Report of the Municipal Commissioner on the plague in Bombay for the year ending 31st May... - Volume 2
Disease focus: Plague
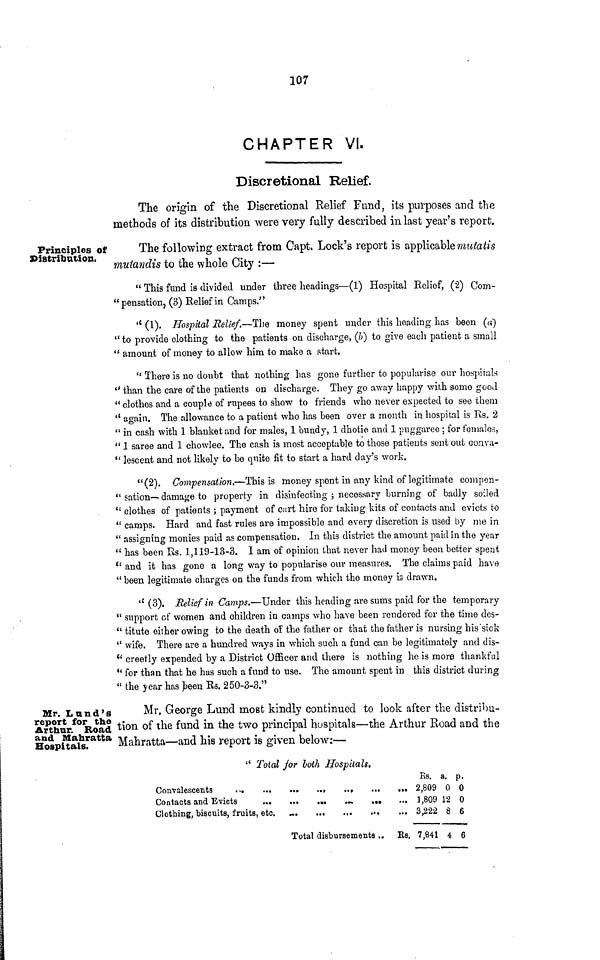
107
CHAPTER VI.
Discretional Relief.
The origin of the Discretional Relief Fund, its purposes and the
methods of its distribution were very fully described in last year's report;.
Principles of
Distribution.
p
The following extract from Capt. Lock s report is applicable mutatis
mutandis to the whole City :—
" This fund is divided under three headings—(1) Hospital Relief, (2) Com-
"pensation, (3) Relief in Camps/'
'* (1). Hospital Relief.—The money spent under this heading has been (a)
" to provide clothing to the patients on discharge, (ft) to give each patient a small
" amount of money to allow him to make a start.
" There is no doubt that nothing has gone further to popularise our hospitals
*' than the care of the patients on discharge. They go away happy with some good
" clothes and a couple of rupees to show to friends who never expected to see them
'* again. The allowance to a patient who has been over a month in hospital is Rs. 2
" in cash with 1 blanket and for males, 1 bundy, 1 dhotie and 1 puggaree; for females,
" 1 saree and 1 chowlee. The cash is most acceptable to those patients sent out conva-
" lescent and not likely to be quite fit to start a hard day's work,
"(2). Compensation.—This is money spent in any kind of legitimate compon-
" sation— damage to property in disinfecting ; necessary burning of badly soiled
" clothes of patients ; payment of cart hire for taking kits of contacts and evicts to
" camps. Hard and fast rules are impossible and. every discretion is used by me in
" assigning monies paid as compensation. In this district the amount paid in the year
" has been Rs. 1,119-13-3. I am of opinion that never had money been better spent
*' and it has gone a long way to popularise our measures. The claims paid have
" been legitimate charges on the funds from which the money is drawn.
'* (3). Relief in Camps.—Under this heading are sums paid for the temporary
" support of women and children in camps who have been rendered for the time des-
" titute either owing to the death of the father or that the father is nursing his'sick
" wife. There are a hundred ways in which such a fund can be legitimately and dis-
" creetly expended by a District Officer and there is nothing he is more thankful
*' for than that he has such a fund to use. The amount spent in this district during
" the year has been Rs. 250-3-3."
Mr. Lund's
report for the
Arthur. Road
and Mahratta
Hospitals.
Mr. George Lund most kindly continued to look after the distribu-
tion of the fund in the two principal hospitals—the Arthur Road and the
Mahratta—and his report is given below:—
" Total for both Hospitals.
Clothing biscuits, fruits, etc.
Bs. a. p.
2,809 0 0
1,809 12 0
Total disbursements .. Rs. 7,841 4 6